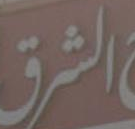
الشرق